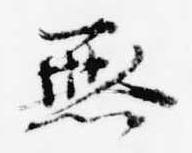
無